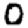
Digit: 0